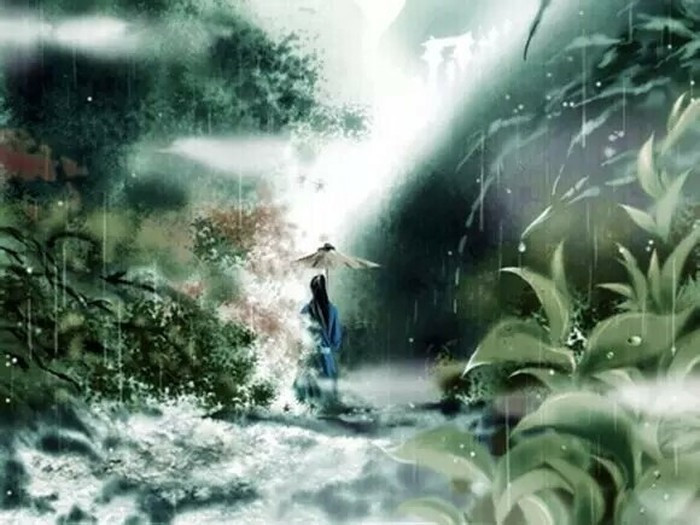
一声梧叶一声秋，一点芭蕉一点愁，三更归梦三更后。